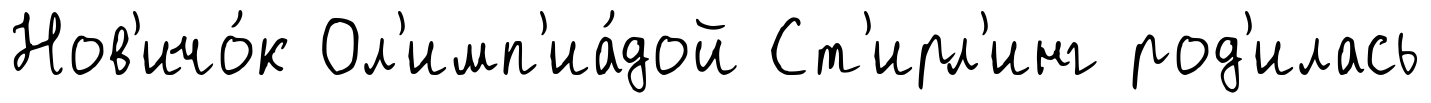
Нов'ичо́к Ол'имп'иа́дой Ст'ирл'инг род'илась